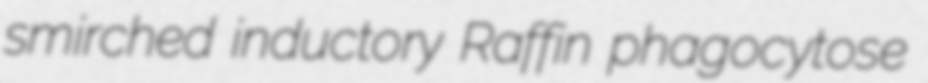
smirched inductory Raffin phagocytose